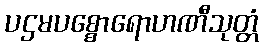
ပဌမပစ္စောရောဟဏီသုတ္တံ